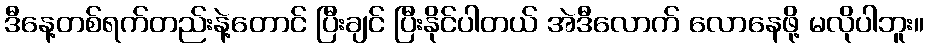
ဒီနေ့တစ်ရက်တည်းနဲ့တောင် ပြီးချင် ပြီးနိုင်ပါတယ် အဲဒီလောက် လောနေဖို့ မလိုပါဘူး။